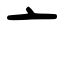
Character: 亠